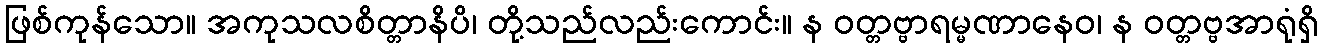
ဖြစ်ကုန်သော။ အကုသလစိတ္တာနိပိ၊ တို့သည်လည်းကောင်း။ န ဝတ္တဗ္ဗာရမ္မဏာနေဝ၊ န ဝတ္တဗ္ဗအာရုံရှိ